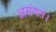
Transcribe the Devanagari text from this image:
असंगत।